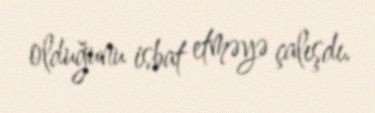
olduğunu isbat etməyə çalışdı.